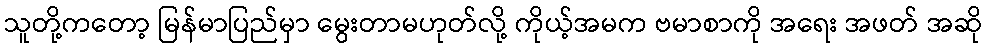
သူတို့ကတော့ မြန်မာပြည်မှာ မွေးတာမဟုတ်လို့ ကိုယ့်အမက ဗမာစာကို အရေး အဖတ် အဆို